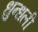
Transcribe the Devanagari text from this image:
धुन्धली